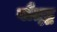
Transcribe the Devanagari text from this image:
बौत्द्ध